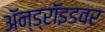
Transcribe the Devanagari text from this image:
ॲन्ड्रॉइडवर